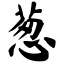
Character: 葱